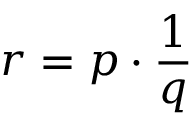
\; r = p \cdot { \frac { 1 } { q } }